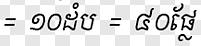
= ១០ដំប = ៤០ផ្លែ